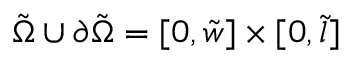
\tilde { \Omega } \cup \partial \tilde { \Omega } = [ 0 , \tilde { w } ] \times [ 0 , \tilde { l } ]